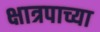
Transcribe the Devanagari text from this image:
क्षात्रपाच्या